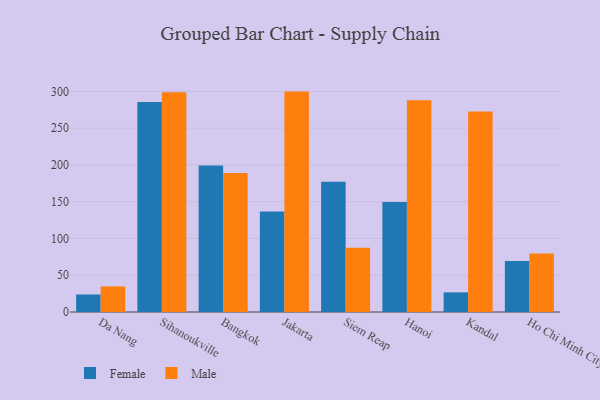
{"axis": {"x": "City", "y": "Latency (ms)"}, "legend": ["Female", "Male"], "data": [{"x": "Da Nang", "y": 23.8, "type": "Female"}, {"x": "Da Nang", "y": 34.8, "type": "Male"}, {"x": "Sihanoukville", "y": 285.6, "type": "Female"}, {"x": "Sihanoukville", "y": 298.7, "type": "Male"}, {"x": "Bangkok", "y": 199.2, "type": "Female"}, {"x": "Bangkok", "y": 188.9, "type": "Male"}, {"x": "Jakarta", "y": 136.8, "type": "Female"}, {"x": "Jakarta", "y": 299.7, "type": "Male"}, {"x": "Siem Reap", "y": 177.2, "type": "Female"}, {"x": "Siem Reap", "y": 87.3, "type": "Male"}, {"x": "Hanoi", "y": 149.7, "type": "Female"}, {"x": "Hanoi", "y": 287.9, "type": "Male"}, {"x": "Kandal", "y": 26.7, "type": "Female"}, {"x": "Kandal", "y": 272.6, "type": "Male"}, {"x": "Ho Chi Minh City", "y": 69.4, "type": "Female"}, {"x": "Ho Chi Minh City", "y": 79.6, "type": "Male"}]}